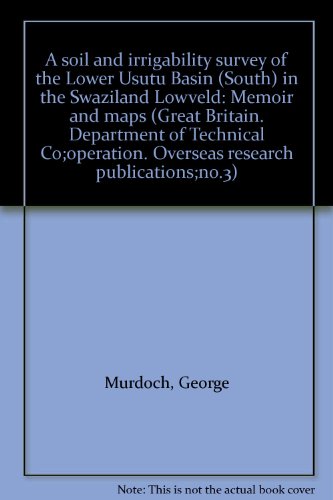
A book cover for A soil and irrigability survey of the Lower Usutu Basin (South) in the Swaziland Lowveld: Memoir and maps (Great Britain. Department of Technical Co;operation. Overseas research publications;no.3); George Murdoch; Travel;